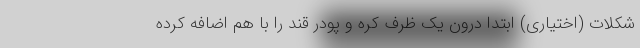
شکلات (اختیاری) ابتدا درون یک ظرف کره و پودر قند را با هم اضافه کرده